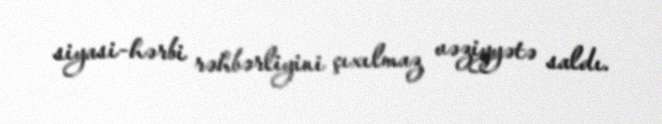
siyasi-hərbi rəhbərliyini çıxılmaz vəziyyətə saldı.